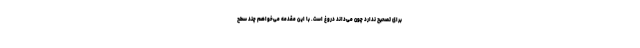
برای تصحیح ندارد چون می‌داند دروغ است. با این مقدمه می‌خواهم چند سطح